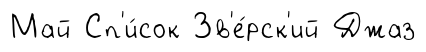
Май Сп'и́сок Зв'е́рск'ий Джаз